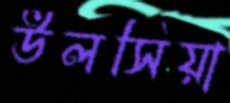
উলসিয়া